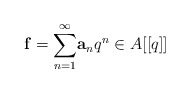
\begin{align*}\mathbf{f}=\underset{n=1}{\overset{\infty}\sum} \mathbf{a}_nq^n \in A[[q]]\end{align*}